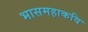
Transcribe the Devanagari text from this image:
भासमहाकवि